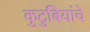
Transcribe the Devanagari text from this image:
कुटुबियांचे